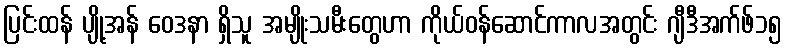
ပြင်းထန် ပျို့အန် ဝေဒနာ ရှိသူ အမျိုးသမီးတွေဟာ ကိုယ်ဝန်ဆောင်ကာလအတွင်း ဂျီဒီအက်ဖ်၁၅